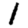
Digit: 1